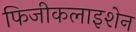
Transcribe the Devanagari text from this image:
फिजीकलाइशेन